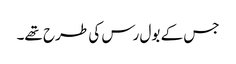
جس کے بول رس کی طرح تھے۔